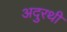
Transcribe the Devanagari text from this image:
अदुरथी